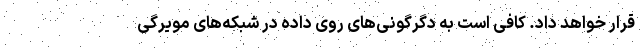
قرار خواهد داد. کافی است به دگرگونی‌های روی داده در شبکه‌های مویرگی